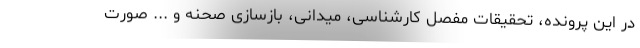
در این پرونده، تحقیقات مفصل کارشناسی، میدانی، بازسازی صحنه و ... صورت